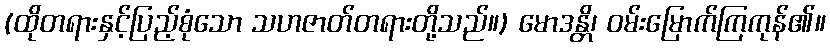
(ထိုတရားနှင့်ပြည့်စုံသော သဟဇာတ်တရားတို့သည်။) မောဒန္တိ၊ ဝမ်းမြောက်ကြကုန်၏။